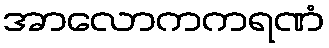
အာလောကကရဏံ